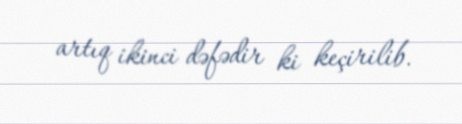
artıq ikinci dəfədir ki keçirilib.